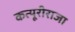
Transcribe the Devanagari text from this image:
कत्यूरीराजा